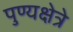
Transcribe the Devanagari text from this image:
पुण्यक्षेत्रे